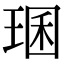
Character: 㻒